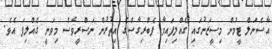
އާސެނަލް ޓީމުން މިސީޒަނުގައި ގެއްލިފައިވާ ފެބްރިގާސްގެ އިތުރުން ނަސްރީވެސް މިވަނީ ގެއްލިފަ އެވެ.